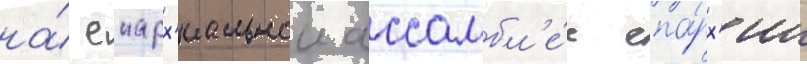
на́ епарх'иальнои ассамбл'е́е епа́рх'ии